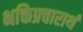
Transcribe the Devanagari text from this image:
भक्तिप्रचारार्थ